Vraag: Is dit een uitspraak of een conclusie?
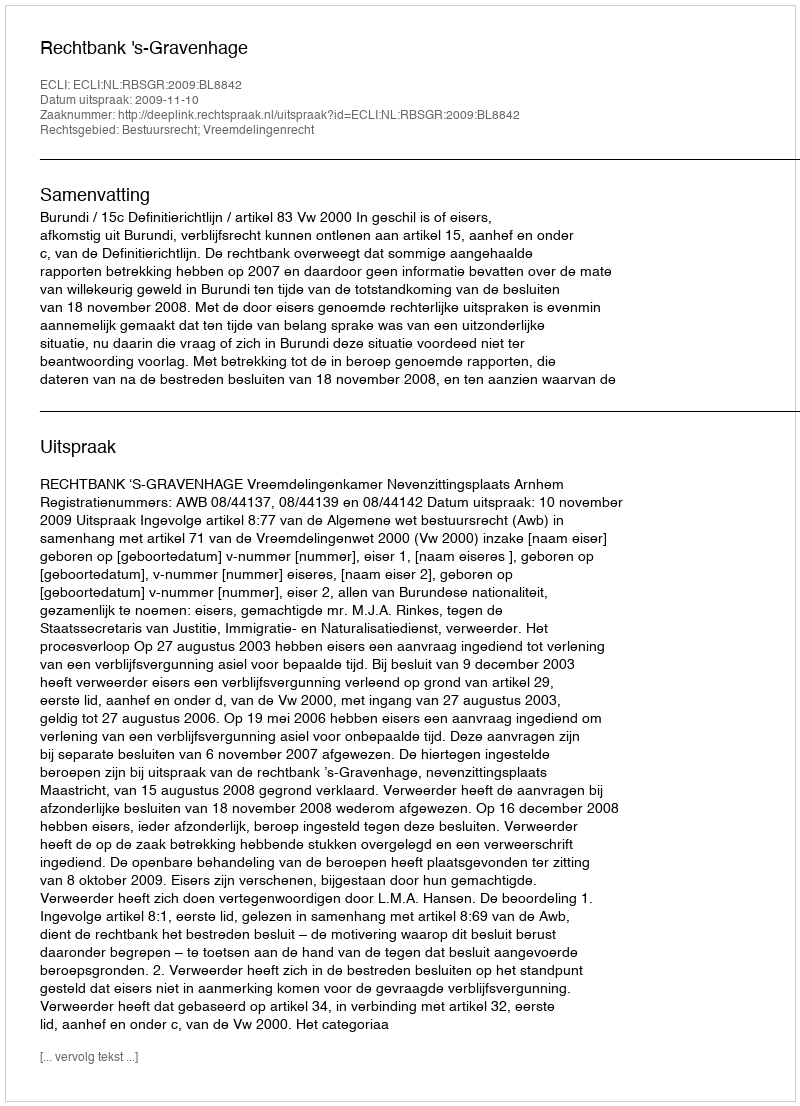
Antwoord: Uitspraak